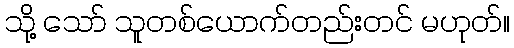
သို့ သော် သူတစ်ယောက်တည်းတင် မဟုတ်။